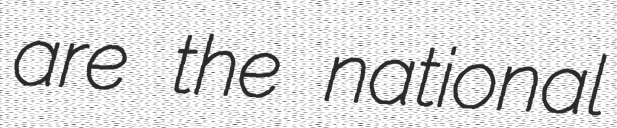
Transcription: are the national